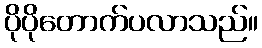
ပိုပိုတောက်ပလာသည်။